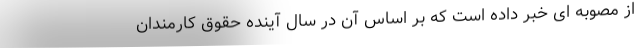
از مصوبه ای خبر داده است که بر اساس آن در سال آینده حقوق کارمندان